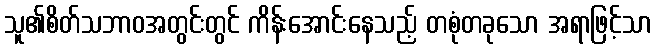
သူ၏စိတ်သဘာဝအတွင်းတွင် ကိန်းအောင်းနေသည့် တစုံတခုသော အရာဖြင့်သာ